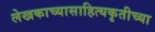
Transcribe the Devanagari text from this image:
लेखकाच्यासाहित्यकृतीच्या